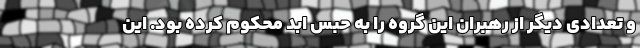
و تعدادی دیگر از رهبران این گروه را به حبس ابد محکوم کرده بود. این